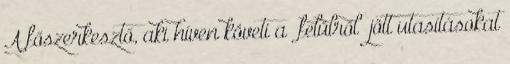
A főszerkesztő, aki híven követi a „felülről” jött utasításokat